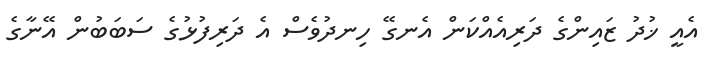
އެއީ ޚުދު ޒައިންގެ ދަރިއެއްކަން އެނގޭ ހިނދުވެސް އެ ދަރިފުޅުގެ ސަބަބުން އޭނާގެ